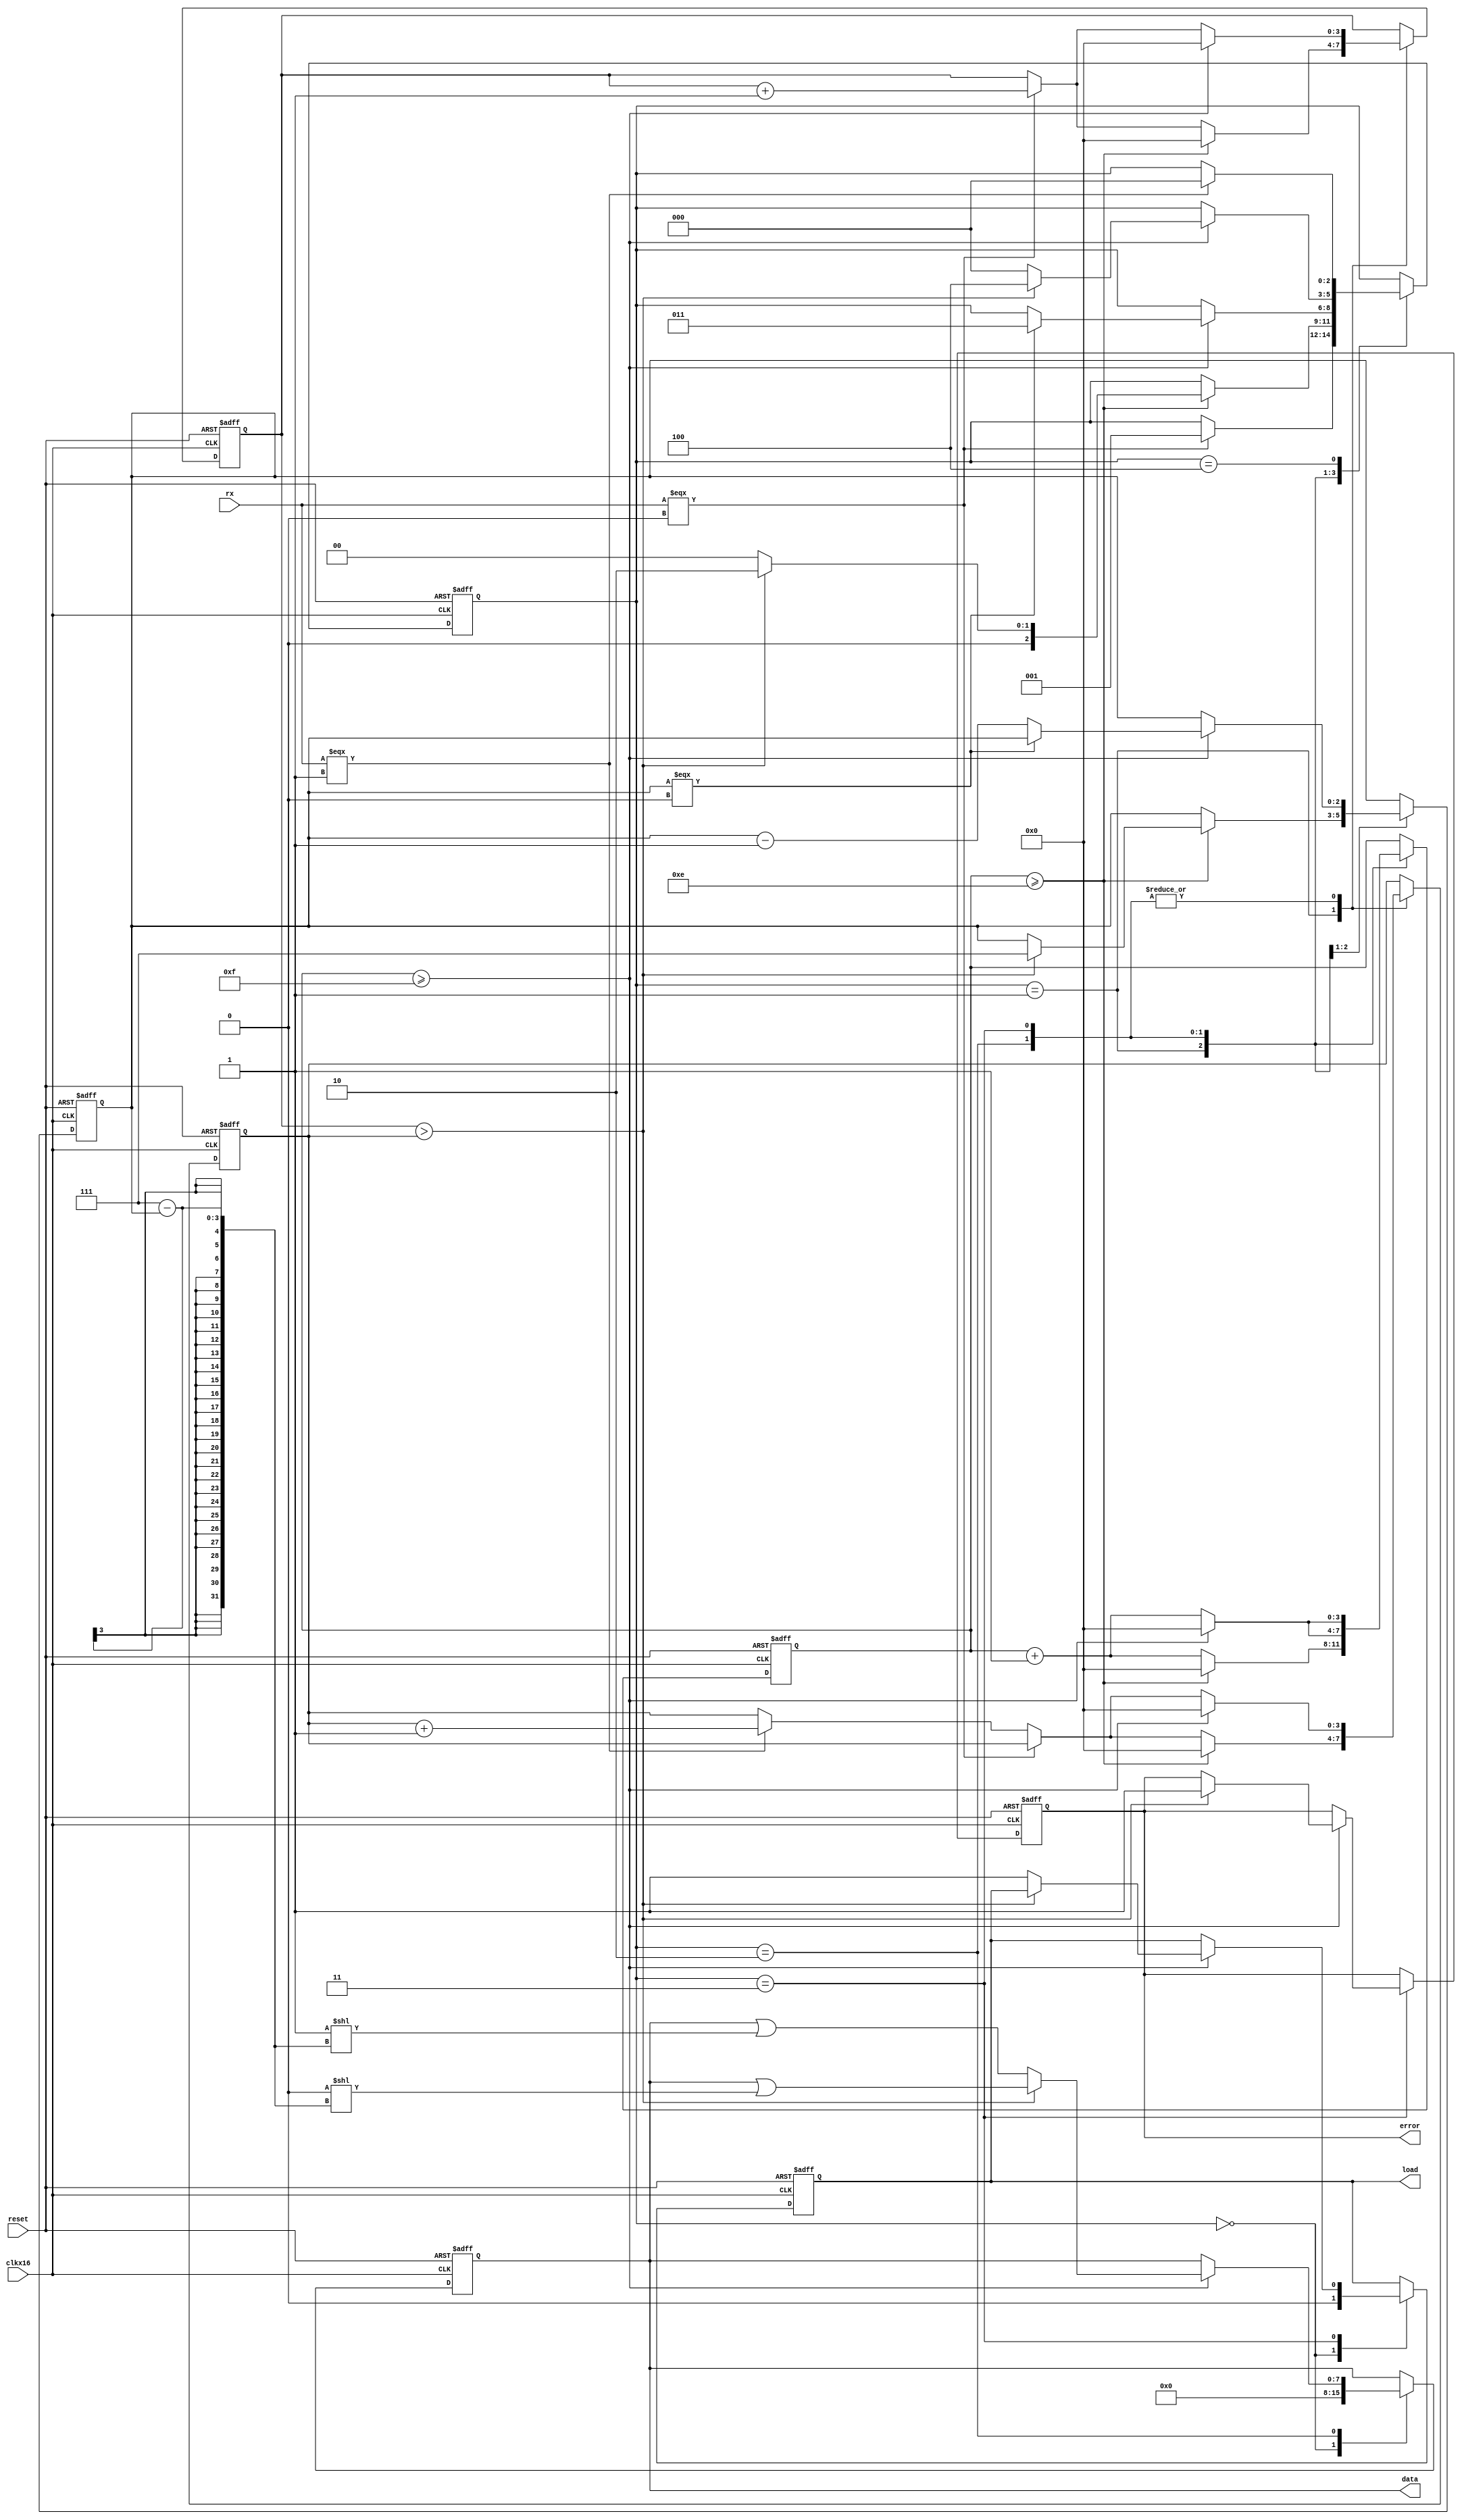
`timescale 1ns/1ns

module uart(rx, clkx16, reset, data, load, error);
    localparam IDLE      = 3'b000,
               DET_START = 3'b001,
               READ      = 3'b010,
               DET_STOP  = 3'b011,
               ERR       = 3'b100;
    
    input rx, reset, clkx16;
    output [7:0] data;
    output load;
    output error;

    reg [7:0] data_ff, data_nxt;
    reg load_ff, load_nxt;
    reg [2:0] state_ff, state_nxt;
    reg [2:0] count_ff, count_nxt;
    reg error_ff, error_nxt;
    reg [3:0] count_zero_ff, count_zero_nxt, count_one_ff, count_one_nxt, count_sample_ff, count_sample_nxt;

    assign data = data_ff;
    assign load = load_ff;
    assign error = error_ff;

    always @ (*) begin
        data_nxt  = data_ff;
        load_nxt  = load_ff;
        state_nxt = state_ff;
        count_nxt = count_ff;
        error_nxt = error_ff;
        count_zero_nxt = count_zero_ff;
        count_one_nxt = count_one_ff;
        count_sample_nxt = count_sample_ff;
        
        case (state_ff)
            IDLE: begin
                data_nxt = 8'b0;
                load_nxt = 1'b0;
                
                if (rx === 1'b0) begin
                    state_nxt = DET_START;
                end
            end
            DET_START: begin             
                count_sample_nxt = count_sample_ff + 1'b1;
                if ( rx === 1'b0 ) begin
                    count_zero_nxt = count_zero_ff + 1'b1;
                end
                else if ( rx === 1'b1 )  begin
                    count_one_nxt = count_one_ff + 1'b1;
                end
                
                if(count_sample_ff >= 4'hE) begin
                    if (count_zero_ff > count_one_ff) begin
                        state_nxt = READ;
                        count_nxt = 3'b111;
                        count_sample_nxt = 4'b0;
                    end
                    else begin
                        state_nxt = IDLE;
                    end
                    
                    count_zero_nxt = 4'b0;
                    count_one_nxt = 4'b0;
                    count_sample_nxt = 4'b0;
                end                
            end
            READ: begin
                count_sample_nxt = count_sample_ff + 4'h1;
                if ( rx === 1'b0 ) begin
                    count_zero_nxt = count_zero_ff + 1'b1;
                end
                else if ( rx === 1'b1 )  begin
                    count_one_nxt = count_one_ff + 1'b1;
                end
                
                if(count_sample_ff >= 4'hF) begin
                    if (count_zero_ff > count_one_ff) begin
                        data_nxt = data_ff | (1'b0 << (7 - count_ff));
                    end
                    else begin
                        data_nxt = data_ff | (1'b1 << (7 - count_ff));
                    end
                    
                    count_zero_nxt = 4'b0;
                    count_one_nxt = 4'b0;
                    count_sample_nxt = 4'b0;
                    
                    if (count_ff === 1'b0) begin
                        state_nxt = DET_STOP;
                    end
                    else begin
                        count_nxt = count_ff - 1'b1;
                    end
                end
            end
            DET_STOP: begin
                count_sample_nxt = count_sample_ff + 1'b1;
                if ( rx === 1'b0 ) begin
                    count_zero_nxt = count_zero_ff + 1'b1;
                end
                else if ( rx === 1'b1 )  begin
                    count_one_nxt = count_one_ff + 1'b1;
                end
                
                if(count_sample_ff >= 4'hF) begin
                    if (count_zero_ff > count_one_ff) begin
                        state_nxt = ERR;
                        error_nxt = 1'b1;
                    end
                    else begin
                        load_nxt = 1'b1;
                        state_nxt = IDLE;
                    end
                    
                    count_zero_nxt = 4'b0;
                    count_one_nxt = 4'b0;
                    count_sample_nxt = 4'b0;
                end
            end
            ERR: begin
                if (rx === 1'b1) begin
                    state_nxt = IDLE;
                end
            end
        endcase
    end

    always @ (posedge clkx16 or posedge reset) begin
        if (reset) begin
            data_ff  <= 8'b0;
            load_ff  <= 1'b0;
            state_ff <= IDLE;
            count_ff <= 3'b0;
            error_ff <= 1'b0;
            count_zero_ff <= 4'b0;
            count_one_ff <= 4'b0;
            count_sample_ff <= 4'b0;
        end
        else begin
            data_ff <= data_nxt;
            load_ff <= load_nxt;
            state_ff <= state_nxt;
            count_ff <= count_nxt;
            error_ff <= error_nxt;
            count_zero_ff <= count_zero_nxt;
            count_one_ff <= count_one_nxt;
            count_sample_ff <= count_sample_nxt;
        end
    end
endmodule